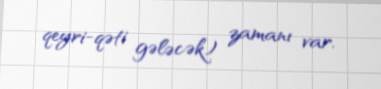
qeyri-qəti gələcək) zamanı var.